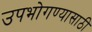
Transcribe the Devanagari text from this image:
उपभोगण्यासाठी